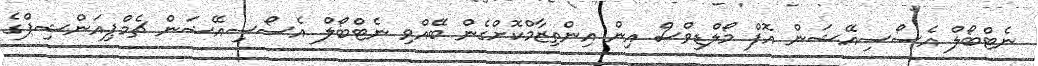
ނެޓްބޯލް އެސޯސިއޭޝަން އޮފް މޯލްޑިވްސް އިން އިންތިޒާމްކޮށްގެން ބޭއްވި ނެޓްބޯލް އެސޯސިއޭޝަން ޗެމްޕިއަންޝިޕްގެ